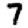
Digit: 7